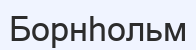
Борнһольм